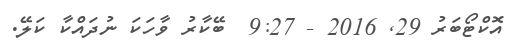
އޮކްޓޯބަރު 29